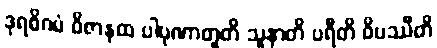
ဒုရဓိဂမံ ဝိဇာနထ ပါပုဏာတူတိ သူနာတိ ပရီတိ ဝိပဿီတိ